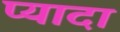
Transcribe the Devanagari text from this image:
प्‍यादा